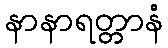
နာနာရတ္တာနံ